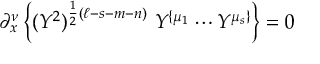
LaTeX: \partial _ { x } ^ { \nu } \left\{ ( Y ^ { 2 } ) ^ { \frac { 1 } { 2 } ( \ell - s - m - n ) } \ Y ^ { \{ \mu _ { 1 } } \cdots Y ^ { \mu _ { s } \} } \right\} = 0